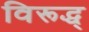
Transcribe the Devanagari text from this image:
विरूद्ध्